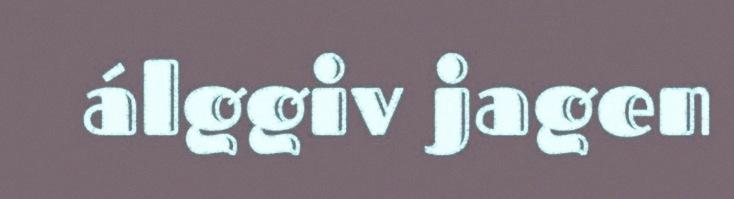
álggiv jagen